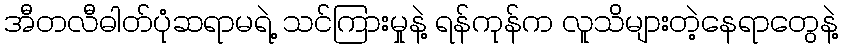
အီတလီဓါတ်ပုံဆရာမရဲ့ သင်ကြားမှုနဲ့ ရန်ကုန်က လူသိများတဲ့နေရာတွေနဲ့